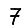
Digit: 7